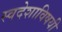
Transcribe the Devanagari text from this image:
स्वदेशाविषयी